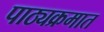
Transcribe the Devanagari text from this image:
पाठ्यक्रमात